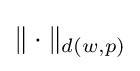
\|\cdot \|_{d(w,p)}